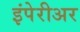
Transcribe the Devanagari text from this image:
इंपेरीअर